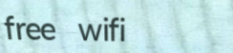
free wifi